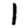
Digit: 1